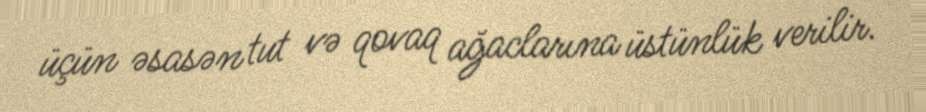
üçün əsasən tut və qovaq ağaclarına üstünlük verilir.